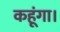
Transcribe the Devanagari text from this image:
कहूंगा।